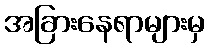
အခြားနေရာများမှ